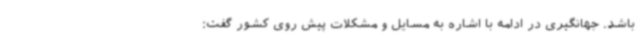
باشد. جهانگیری در ادامه با اشاره به مسایل و مشکلات پیش روی کشور گفت: